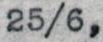
25/6,